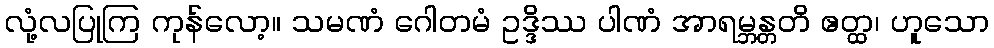
လုံ့လပြုကြ ကုန်လော့။ သမဏံ ဂေါတမံ ဥဒ္ဒိဿ ပါဏံ အာရမ္ဘန္တတိ ဧတ္ထ၊ ဟူသော